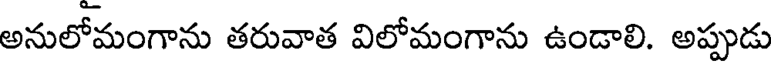
అనులోమంగాను తరువాత విలోమంగాను ఉండాలి. అప్పుడు